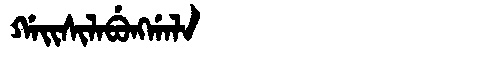
Manchu: ᡤᠠᡳᠰᡳᠯᠠᠪᡠᠩᡤᠠᠯᠠ
Romanization: GAISILABUNGGALA